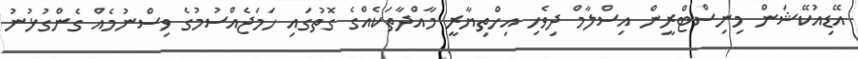
އޭޑިއުކޭޝަން މިނިސްޓްރީން އިސްލާމް ދިވެހި އިޚްތިޔާރީ މާއްދާތަކެއްގެ ގޮތުގައި ހަމަޖެއްސުމުގެ ވިސްނުމެއް ގެންގުޅުނު